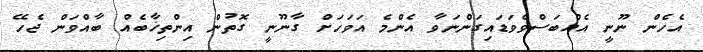
އެހެން ނޫނީ އެއްބަސްވެވަޑައިގަންނަވާ އެންމެ އަވަހަށް ގާނޫނީ ގޮތުން އިންތިޚާބެއް ބާއްވަން ޖެހޭ